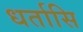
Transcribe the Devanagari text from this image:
धर्तासि